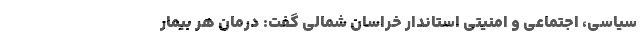
سیاسی، اجتماعی و امنیتی استاندار خراسان شمالی گفت: درمان هر بیمار